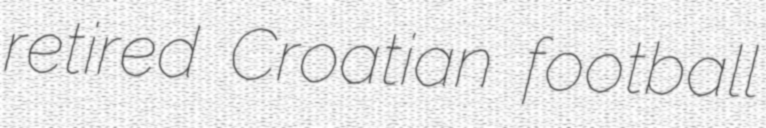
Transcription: retired Croatian football